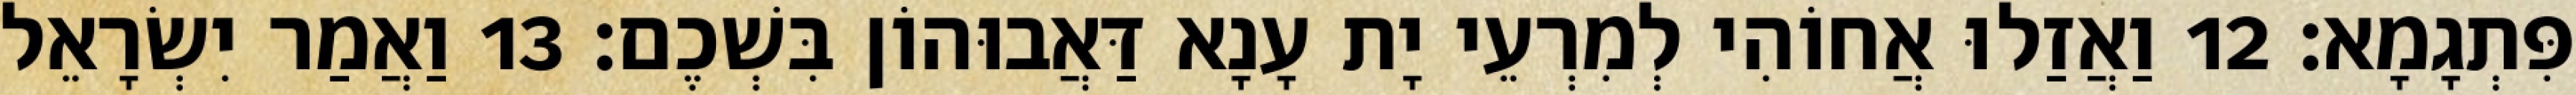
פִּתְגָמָא׃ 12 וַאֲזַלוּ אֲחוֹהִי לְמִרְעֵי יָת עָנָא דַּאֲבוּהוֹן בִּשְׁכֶם׃ 13 וַאֲמַר יִשְׂרָאֵל